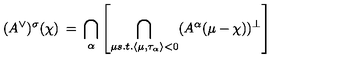
( A ^ { \vee } ) ^ { \sigma } ( \chi ) \: = \: \bigcap _ { \alpha } \left[ \bigcap _ { \mu s . t . \langle \mu , \tau _ { \alpha } \rangle < 0 } ( A ^ { \alpha } ( \mu - \chi ) ) ^ { \perp } \right]